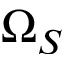
\Omega _ { S }